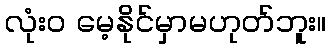
လုံးဝ မေ့နိုင်မှာမဟုတ်ဘူး။